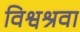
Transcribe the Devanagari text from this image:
विश्वश्रवा